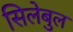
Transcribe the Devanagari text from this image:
सिलेबुल